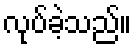
လုပ်ခဲ့သည်။